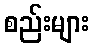
စည်းများ